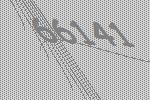
66141